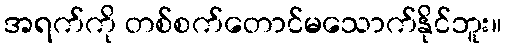
အရက်ကို တစ်စက်တောင်မသောက်နိုင်ဘူး။